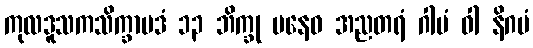
ကုလဒူသကသိက္ခာပဒံ ၁၃ ဘိက္ခု ပနေဝ အညတရံ ဂါမံ ဝါ နိဂမံ